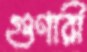
গুণারী